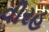
વીરહ